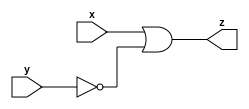
// This program was cloned from: https://github.com/milind7777/VerilogDocGen
// License: MIT License

module mt2015_q4(
  input x,
  input y,
  output z
);

  assign z = x|~y;

endmodule